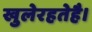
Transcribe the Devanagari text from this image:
खुलेरहतेहै।